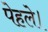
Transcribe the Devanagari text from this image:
पेहले।